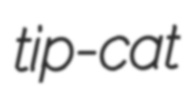
tip-cat